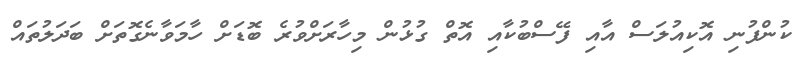
ކުންފުނި އޮކިއުލަސް އާއި ފޭސްބުކާއި އޮތް ގުޅުން މިހާރަށްވުރެ ބޮޑަށް ހާމަވާނެގޮތަށް ބަދަލުތައް